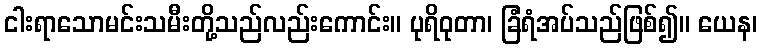
ငါးရာသောမင်းသမီးတို့သည်လည်းကောင်း။ ပုရိဝုတာ၊ ခြံရံအပ်သည်ဖြစ်၍။ ယေန၊